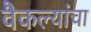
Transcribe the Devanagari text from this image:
वैकल्यांचा